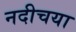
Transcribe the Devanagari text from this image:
नदीचया